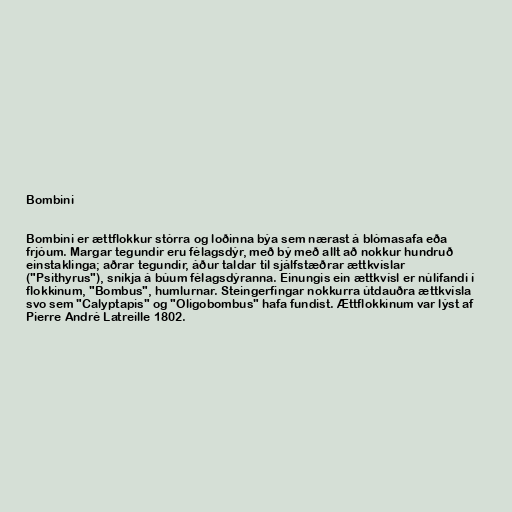
Bombini

Bombini er ættflokkur stórra og loðinna býa sem nærast á blómasafa eða
frjóum. Margar tegundir eru félagsdýr, með bý með allt að nokkur hundruð
einstaklinga; aðrar tegundir, áður taldar til sjálfstæðrar ættkvíslar
("Psithyrus"), sníkja á búum félagsdýranna. Einungis ein ættkvísl er núlifandi í
flokkinum, "Bombus", humlurnar. Steingerfingar nokkurra útdauðra ættkvísla
svo sem "Calyptapis" og "Oligobombus" hafa fundist. Ættflokkinum var lýst af
Pierre André Latreille 1802.